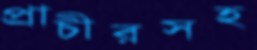
প্রাচীরসহ